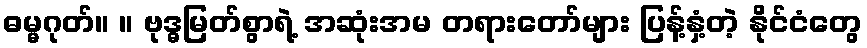
ဓမ္မဂုတ်။ ။ ဗုဒ္ဓမြတ်စွာရဲ့ အဆုံးအမ တရားတော်များ ပြန့်နှံ့တဲ့ နိုင်ငံတွေ